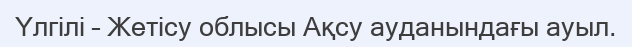
Үлгілі – Жетісу облысы Ақсу ауданындағы ауыл.